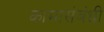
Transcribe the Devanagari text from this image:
कामासंबंधी